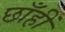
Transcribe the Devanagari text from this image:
छाँहीं